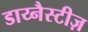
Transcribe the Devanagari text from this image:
डाय्नैस्टीज़